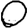
Digit: 0